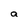
Character: a